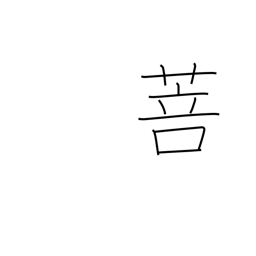
Meaning: kind of grass